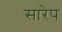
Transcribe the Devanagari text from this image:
सारेप